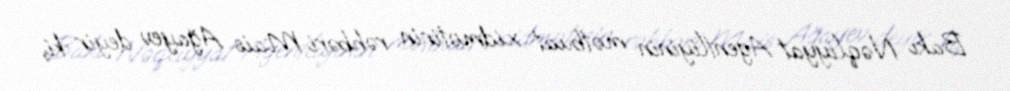
Bakı Nəqliyyat Agentliyinin mətbuat xidmətinin rəhbəri Mais Ağayev deyir ki,